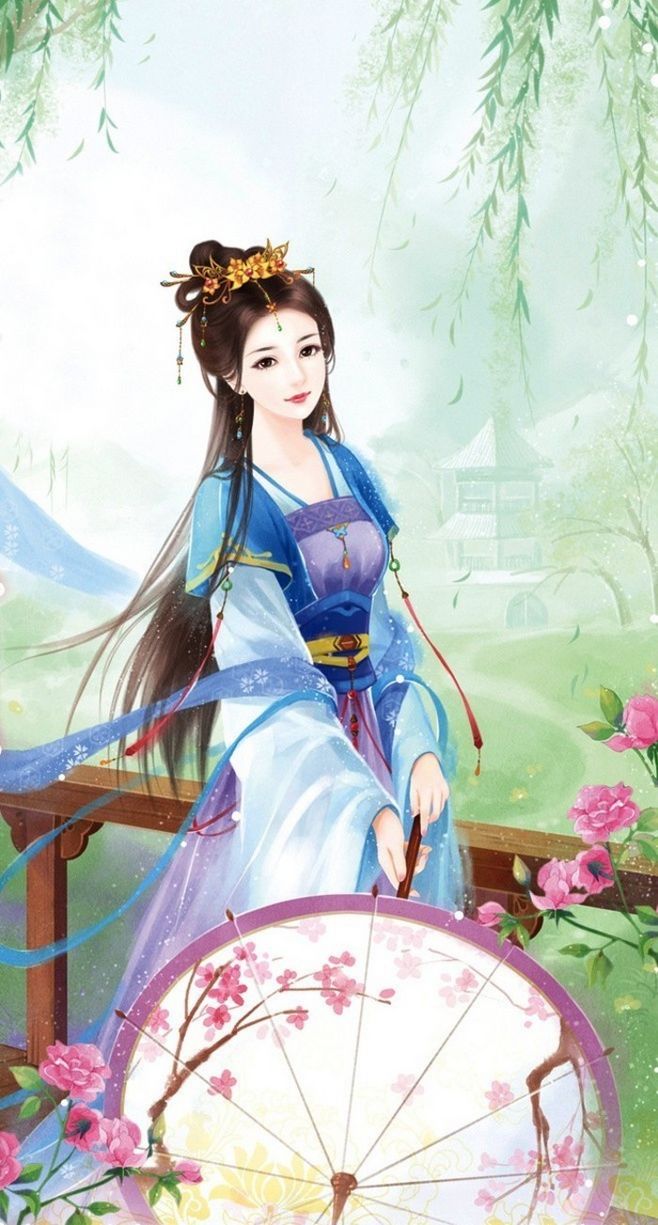
槛菊愁烟兰泣露。罗幕轻寒，燕子双飞去。